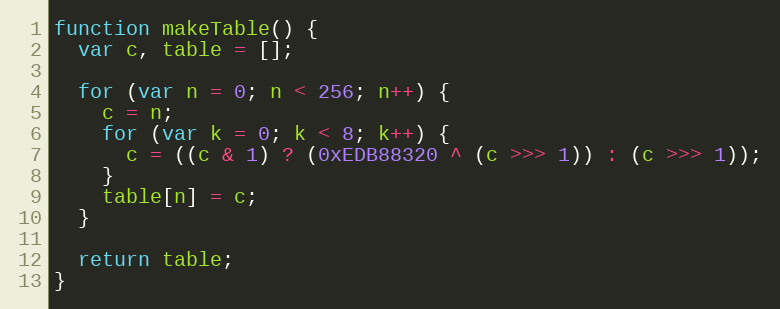
Language: JavaScript
function makeTable() {
  var c, table = [];

  for (var n = 0; n < 256; n++) {
    c = n;
    for (var k = 0; k < 8; k++) {
      c = ((c & 1) ? (0xEDB88320 ^ (c >>> 1)) : (c >>> 1));
    }
    table[n] = c;
  }

  return table;
}